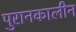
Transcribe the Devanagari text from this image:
पुरानकालीन